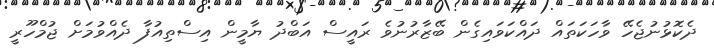
ދެކޮޅުނުޖެހޭ ވާހަކަތައް ދައްކަވައިގެން ބޭޒާރުނުވެ ރައީސް އަބްދު ޔާމީން އިސްތިއުފާ ދެއްވުމަށް ޖުމްހޫރީ